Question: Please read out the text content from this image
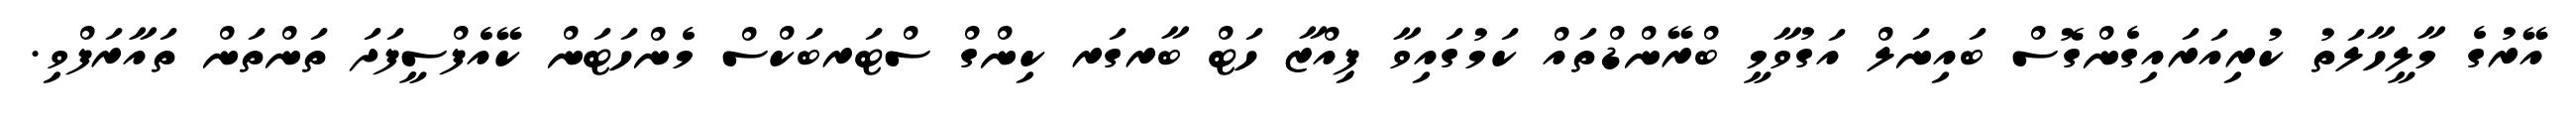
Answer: އޭރުގެ މާލީހާލަތު ކުރިއަރައިގެންގޮސް ބައިނަލް އަގުވާމީ ބްރޭންޑްތައް ކަމުގައިވާ ޕިއްޒާ ހަޓް ބާރގަރ ކިންގް ސްޓަރބަކްސް މެންހަޓަން ކޭއެފްސީފަދަ ތަންތަން ތައާރަފްވި.